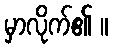
မှာလိုက်၏ ။